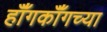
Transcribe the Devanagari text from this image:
हॉँगकॉँगच्या